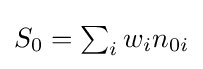
{\textstyle S_{0}=\sum _{i}w_{i}n_{0i}}